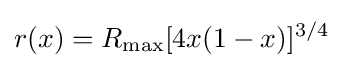
r(x)=R_{\text{max}}[4x(1-x)]^{3/4}